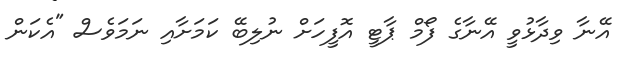
އޭނާ ވިދާޅުވީ އޭނާގެ ފޯމް ޕާޓީ އޮފީހަށް ނުލިބޭ ކަމަށާއި ނަމަވެސް "އެކަން